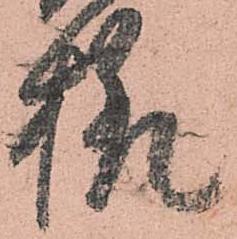
様